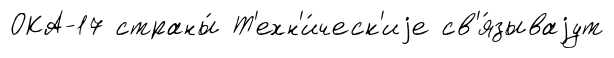
ОКА-17 страны́ Т'ехн'и́ческ'иjе св'я́зываjут